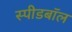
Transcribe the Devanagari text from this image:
स्पीडबॉल